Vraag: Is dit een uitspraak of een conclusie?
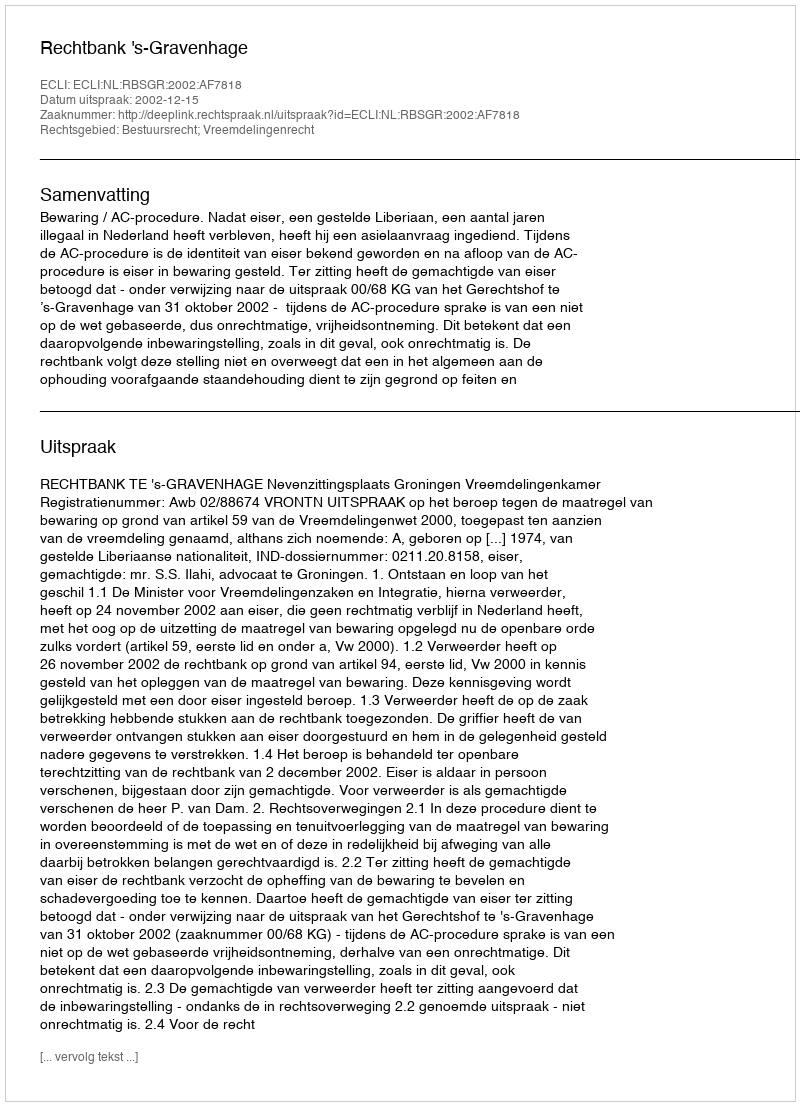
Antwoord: Uitspraak